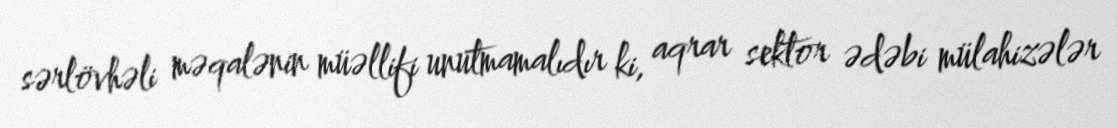
sərlövhəli məqalənin müəllifi unutmamalıdır ki, aqrar sektor ədəbi mülahizələr